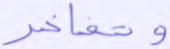
وتفاخر